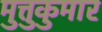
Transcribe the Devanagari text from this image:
मुत्तुकुमार